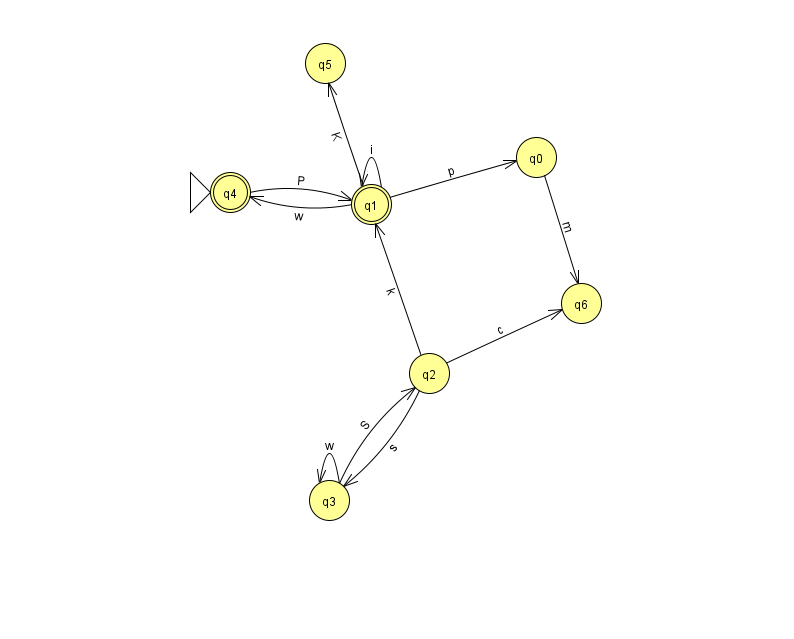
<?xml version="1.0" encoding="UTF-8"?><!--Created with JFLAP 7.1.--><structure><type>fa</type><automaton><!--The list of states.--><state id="0" name="q0"><x>536.0</x><y>144.0</y></state><state id="1" name="q1"><x>371.0</x><y>191.0</y><final/></state><state id="2" name="q2"><x>429.0</x><y>360.0</y></state><state id="3" name="q3"><x>329.0</x><y>487.0</y></state><state id="4" name="q4"><x>230.0</x><y>179.0</y><initial/><final/></state><state id="5" name="q5"><x>325.0</x><y>50.0</y></state><state id="6" name="q6"><x>581.0</x><y>290.0</y></state><!--The list of transitions.--><transition><from>2</from><to>3</to><read>s</read></transition><transition><from>3</from><to>2</to><read>S</read></transition><transition><from>1</from><to>0</to><read>p</read></transition><transition><from>0</from><to>6</to><read>m</read></transition><transition><from>2</from><to>1</to><read>k</read></transition><transition><from>1</from><to>5</to><read>K</read></transition><transition><from>2</from><to>6</to><read>c</read></transition><transition><from>3</from><to>3</to><read>w</read></transition><transition><from>1</from><to>1</to><read>i</read></transition><transition><from>1</from><to>4</to><read>w</read></transition><transition><from>4</from><to>1</to><read>P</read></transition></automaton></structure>